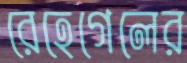
রেহেগেলের